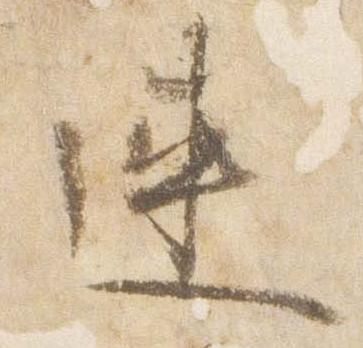
連